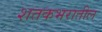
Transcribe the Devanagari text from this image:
शतकभरातील